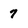
Character: 7